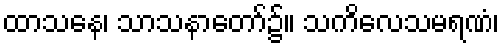
ထာသနေ၊ သာသနာတော်၌။ သကိလေသမရဏံ၊